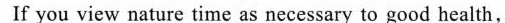
If you view naturetime as necessary to good health,